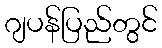
ဂျပန်ပြည်တွင်